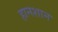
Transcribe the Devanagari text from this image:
हानशान